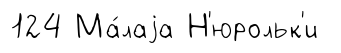
124 Ма́лаjа Н'юрольк'и